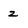
Character: 2